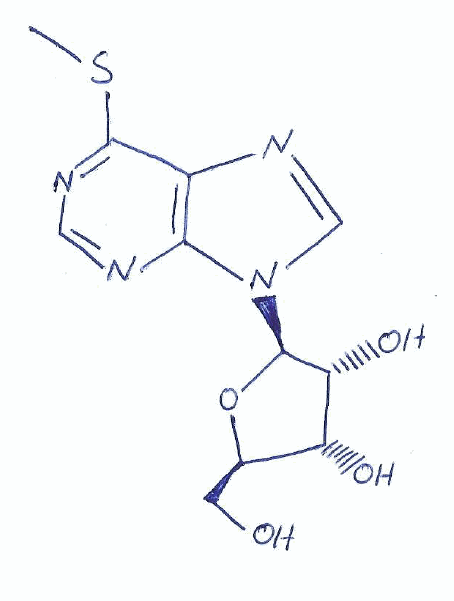
Simplified molecular-input line-entry system (SMILES) notation of the given molecule:
CSC1=NC=NC2=C1N=CN2[C@H]3[C@@H]([C@@H]([C@H](O3)CO)O)O